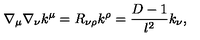
\nabla _ { \mu } \nabla _ { \nu } k ^ { \mu } = R _ { \nu \rho } k ^ { \rho } = \frac { D - 1 } { l ^ { 2 } } k _ { \nu } ,